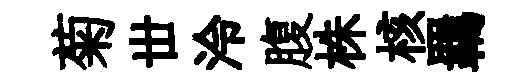
菊丗泠腹株核羈